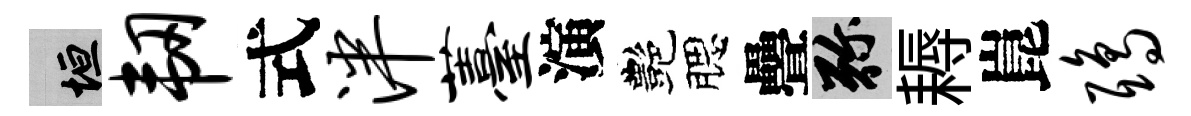
垣韧式泮薹演艷腮疊弥耨崑鸱